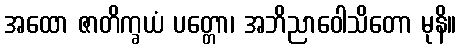
အထော ဇာတိက္ခယံ ပတ္တော၊ အဘိညာဝေါသိတော မုနိ။